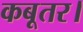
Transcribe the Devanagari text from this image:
कबूतर।